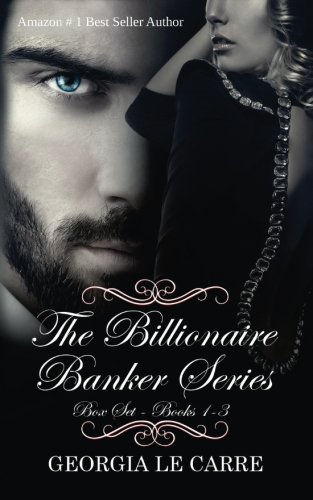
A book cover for The Billionaire Banker Series Box Set 1-3; Georgia Le Carre; Romance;